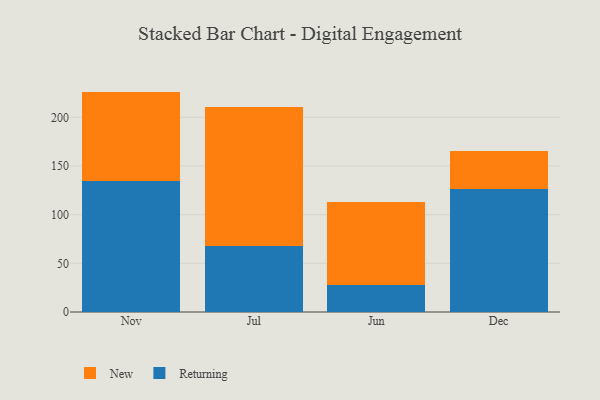
{"axis": {"x": "Month", "y": "Bounce Rate (%)"}, "legend": ["New", "Returning"], "data": [{"x": "Nov", "y": 135.0, "type": "Returning"}, {"x": "Nov", "y": 91.4, "type": "New"}, {"x": "Jul", "y": 67.7, "type": "Returning"}, {"x": "Jul", "y": 142.4, "type": "New"}, {"x": "Jun", "y": 28.2, "type": "Returning"}, {"x": "Jun", "y": 84.7, "type": "New"}, {"x": "Dec", "y": 126.3, "type": "Returning"}, {"x": "Dec", "y": 39.2, "type": "New"}]}